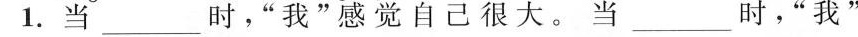
1.当___时。”我”感觉自己很大。当___ 时，”我”